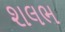
શલભ